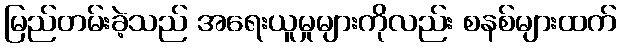
မြည်တမ်းခဲ့သည် အရေးယူမှုများကိုလည်း စနစ်များထက်